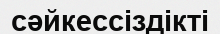
сәйкессіздікті